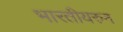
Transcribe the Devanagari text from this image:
भारतीयरुन